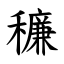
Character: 䆂